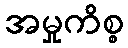
အမှုကိစ္စ